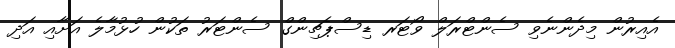
އެއިރުން މިދެންނެވި ސެންޓްރަލް ވޯޓަރ ޑިސްޕެޗިންގް ސެންޓަރު ތަކުން ހުޅުމާލެ އަށާއި އަދި